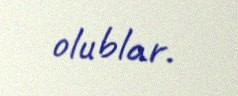
olublar.